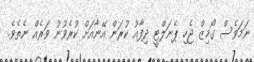
ނަމަވެސް ގޯމިޒް ޖެހި ޕެނަލްޓީ ދިފާއު ކުރަން އޭނާއަށް ކުރެވުނު ވަރެއް ނެތެވެ.